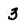
Character: 3